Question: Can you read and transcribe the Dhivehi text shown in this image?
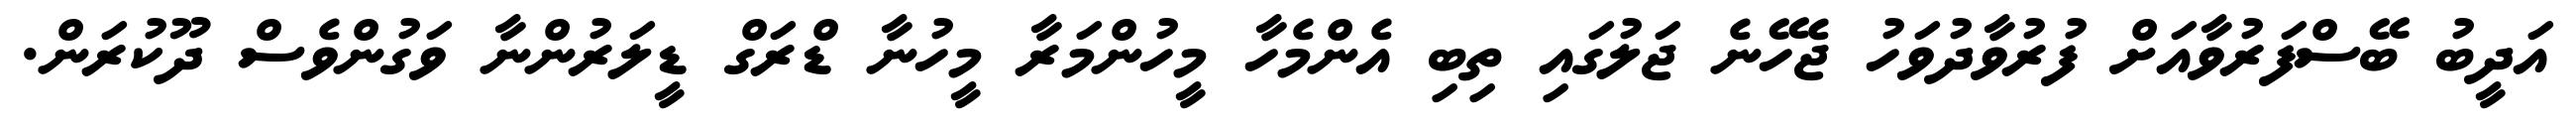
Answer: އަދީބު ބޭސްފަރުވާއަށް ފުރުވާދުވަހު ޖެހޭނެ ޖަލުގައި ތިބި އެންމެހާ މީހުންމަރާ މީހުނާ ޑްރަގް ޑީލަރުންނާ ވަގުންވެސް ދޫކުރަން.